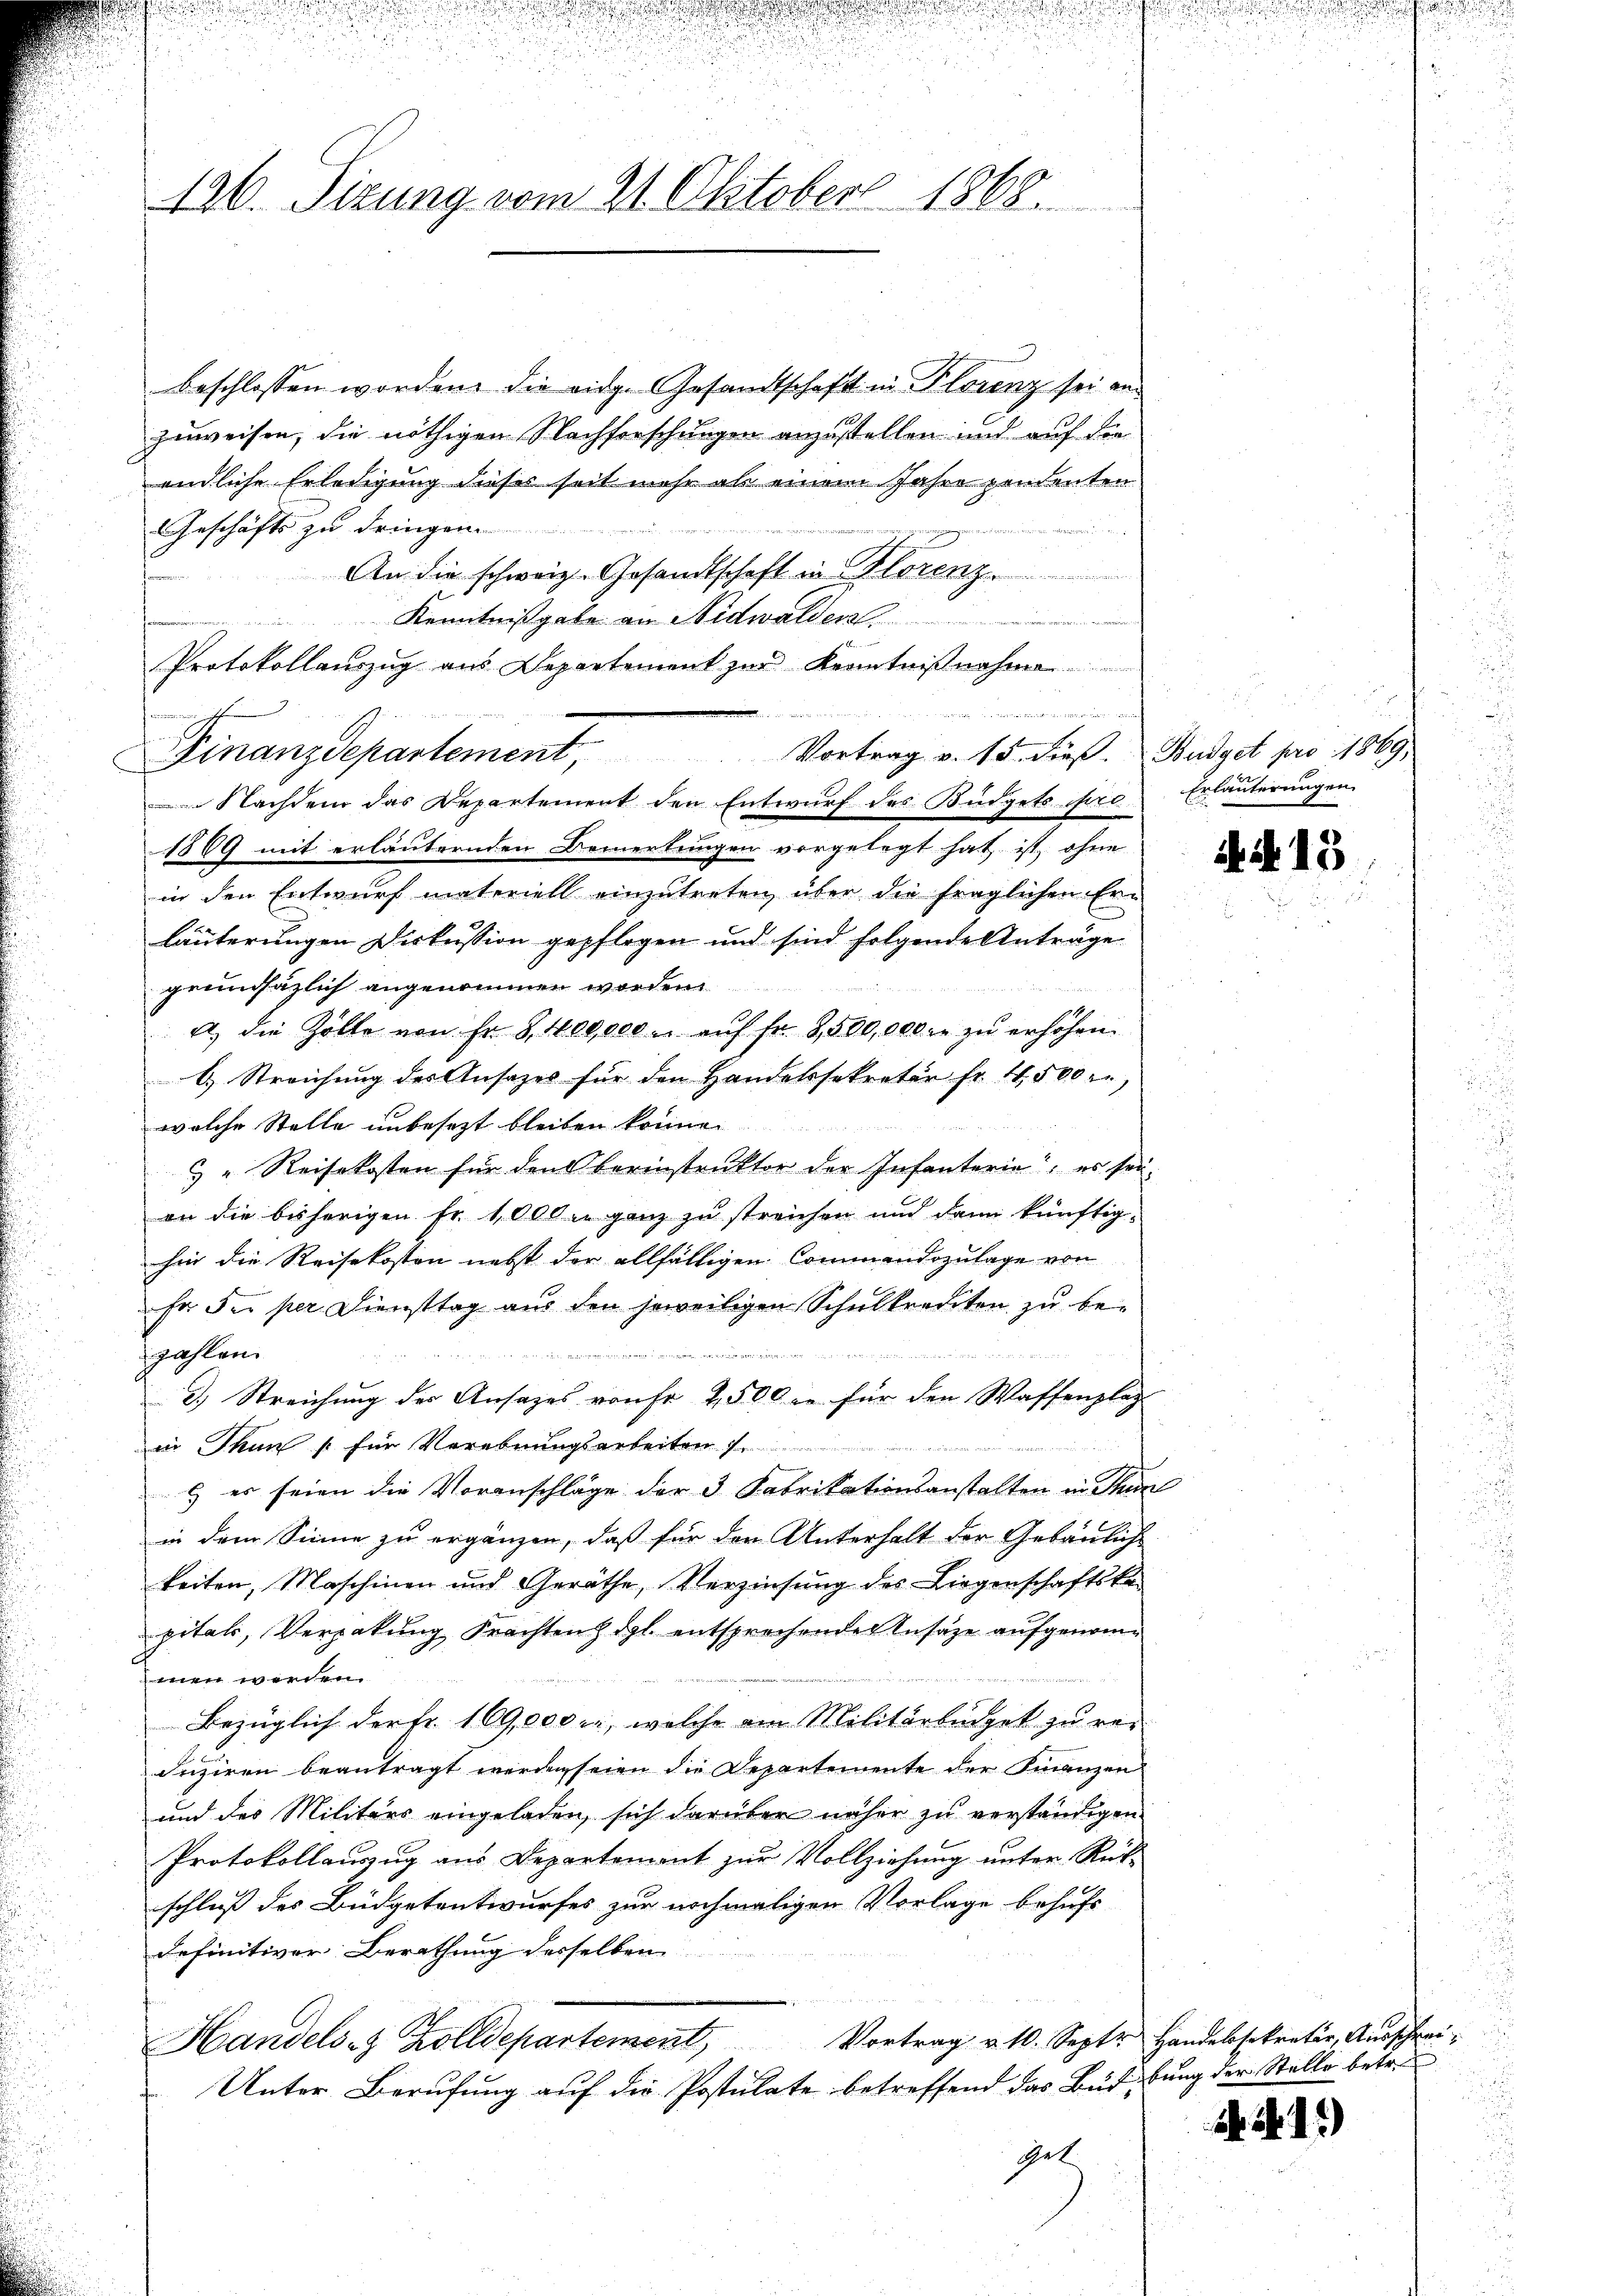
126. Sizung vom 21. Oktober 1868.

beschlossen worden, die eidg. Gesandtschaft in Florenz sei an
zuweisen, die nöthigen Nachforschungen anzustellen und auf die
endliche Erledigung dieses seit mehr als einem Jahre pendenten
ikeit de
Geschäfts zu dringen.
An die schweiz. Gesandtschaft in Florenz
Kenntnißgabe an Nidwalden
Protokollauszug aus Departement zur Kenntnißnahme
 h
Nachdem das Departement den Entwurf des Büdgets pro Erläuterungen
1869 mit erläuternden Bemerkungen vorgelegt hat, ist, ohne
in den Entwurf materiell einzutreten über die fraglichen Er-
läuterungen Diskussion gepflogen und sind folgende Anträge
grundsätzlich angenommen worden.
A., die Zollte von Fr. 8400,000. aŭf fr. 3,500,000 fr zŭ erhöhen.
b. Streichung des Ansazes für den Handelssekretär fr. 4500 r
welche Stelle unbesezt bleiben könne.
d
& „Reisekosten für den berinstruktor der Infanterie, es sei.
an die bisherigen Fr. 1000 in ganz zu streichen und dann künftig-
hin die Reisekosten nebst der allfälligen Commandozulage von
für der per Diensttag aus den jeweiligen Schulkrediten zu be-
242

zahlen.

3.) Streichung des Ansazes von Fr. 250 die für den Waffenplag
in Thun s für Verebnungsarbeiten 7.
 es seien die Voranschläge der 3 Fabrikationsanstalten in Thun
in dem Sinne zu ergänzen, daß für den Unterhalt der Gebäuliche
keiten, Maschinen und Geräthe, Verzinsung des Liegenschaftska
pitali, Verpakung Frachten & dgl. entsprechenden Insaze aufgenommnen werden.
Bezüglich der Fr. 169,000 l., welche am Militärbüdget zu re-
Fuziren beantragt werden seien die Departemente der Finanzen
und des Militärs eingeladen, sich darüber näher zu verständigen.
Protokollauszug aus Departement zur Vollziehung unter Rück-
schluß des Büdgetantwurfes zur nochmaligen Vorlage behufs
definitiver Berathung desselben
Handels- & Zolldepartement Vortrag v. 10. Sept. Handelssekretär Aŭsschrei¬
Unter Berufung auf die Postulate betreffend das Budbung der Stelle betr.
get

Finanzdepartement, Vortrag v. 15. dieß. Budget pro 1889

ee in der

o

A 15

h. N. 1.)